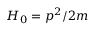
H _ { 0 } = p ^ { 2 } / 2 m